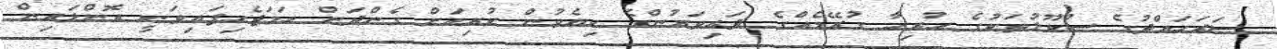
ސަރަހައްދުގެ ސުކޫލުތަކުގެ ހުރިހާ ގުރޭޑެއްގެ ދަރިވަރުންގެ ކިޔެވުން ކުރިއަށް ގެންދަން ހަމަޖެހިފައިވަނީ އޮންލައިން